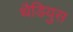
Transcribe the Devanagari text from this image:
थैडियुस